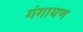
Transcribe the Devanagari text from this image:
गंगायण